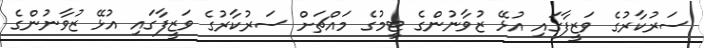
ސަރުކާރުގެ ވަޒީފާގައި އުޅޭ ޒުވާނުންގެ ޓީމުގެ މައްޗަށް ސަރުކާރުގެ ވަޒީފާގައި އުޅޭ ޒުވާނުންގެ